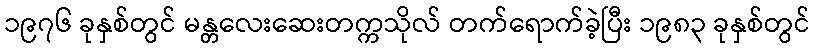
၁၉၇၆ ခုနှစ်တွင် မန္တလေးဆေးတက္ကသိုလ် တက်ရောက်ခဲ့ပြီး ၁၉၈၃ ခုနှစ်တွင်